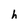
Character: h